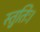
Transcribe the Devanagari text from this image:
स्तुतिः।